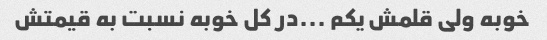
خوبه ولی قلمش یکم ...در کل خوبه نسبت به قیمتش